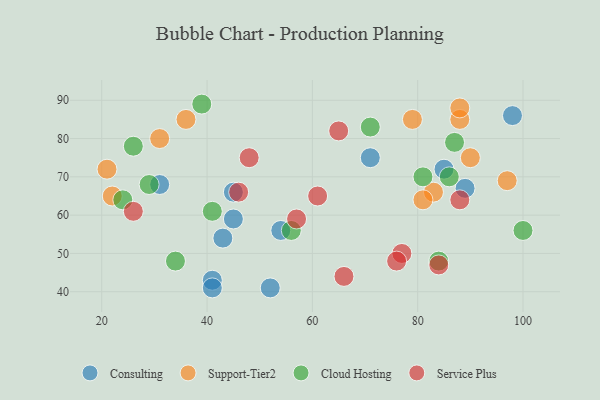
{"axis": {"x": "GDP", "y": "Life Expectancy"}, "legend": ["Cloud Hosting", "Consulting", "Service Plus", "Support-Tier2"], "data": [{"x": "45", "y": 59, "type": "Consulting"}, {"x": "71", "y": 75, "type": "Consulting"}, {"x": "43", "y": 54, "type": "Consulting"}, {"x": "89", "y": 67, "type": "Consulting"}, {"x": "45", "y": 66, "type": "Consulting"}, {"x": "98", "y": 86, "type": "Consulting"}, {"x": "85", "y": 72, "type": "Consulting"}, {"x": "41", "y": 43, "type": "Consulting"}, {"x": "54", "y": 56, "type": "Consulting"}, {"x": "41", "y": 41, "type": "Consulting"}, {"x": "52", "y": 41, "type": "Consulting"}, {"x": "31", "y": 68, "type": "Consulting"}, {"x": "83", "y": 66, "type": "Support-Tier2"}, {"x": "36", "y": 85, "type": "Support-Tier2"}, {"x": "90", "y": 75, "type": "Support-Tier2"}, {"x": "31", "y": 80, "type": "Support-Tier2"}, {"x": "22", "y": 65, "type": "Support-Tier2"}, {"x": "88", "y": 85, "type": "Support-Tier2"}, {"x": "88", "y": 88, "type": "Support-Tier2"}, {"x": "79", "y": 85, "type": "Support-Tier2"}, {"x": "81", "y": 64, "type": "Support-Tier2"}, {"x": "21", "y": 72, "type": "Support-Tier2"}, {"x": "97", "y": 69, "type": "Support-Tier2"}, {"x": "29", "y": 68, "type": "Cloud Hosting"}, {"x": "41", "y": 61, "type": "Cloud Hosting"}, {"x": "26", "y": 78, "type": "Cloud Hosting"}, {"x": "56", "y": 56, "type": "Cloud Hosting"}, {"x": "34", "y": 48, "type": "Cloud Hosting"}, {"x": "71", "y": 83, "type": "Cloud Hosting"}, {"x": "86", "y": 70, "type": "Cloud Hosting"}, {"x": "39", "y": 89, "type": "Cloud Hosting"}, {"x": "84", "y": 48, "type": "Cloud Hosting"}, {"x": "81", "y": 70, "type": "Cloud Hosting"}, {"x": "87", "y": 79, "type": "Cloud Hosting"}, {"x": "24", "y": 64, "type": "Cloud Hosting"}, {"x": "100", "y": 56, "type": "Cloud Hosting"}, {"x": "57", "y": 59, "type": "Service Plus"}, {"x": "61", "y": 65, "type": "Service Plus"}, {"x": "48", "y": 75, "type": "Service Plus"}, {"x": "88", "y": 64, "type": "Service Plus"}, {"x": "77", "y": 50, "type": "Service Plus"}, {"x": "26", "y": 61, "type": "Service Plus"}, {"x": "76", "y": 48, "type": "Service Plus"}, {"x": "46", "y": 66, "type": "Service Plus"}, {"x": "66", "y": 44, "type": "Service Plus"}, {"x": "84", "y": 47, "type": "Service Plus"}, {"x": "65", "y": 82, "type": "Service Plus"}]}